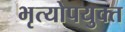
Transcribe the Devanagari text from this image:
भृत्योपयुक्त